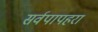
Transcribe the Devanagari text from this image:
सर्वपापहरा